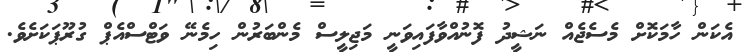
އެކަން ހާމަކޮށް މެސެޖެެއް ނަޝީދު ފޮނުއްވާފައިވަނީ މަޖިލީސް މެންބަރުން ހިމެނޭ ވަޓްސްއެޕް ގުރޫޕަކަށެވެ.